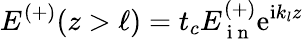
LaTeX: E^{(+)}(z>\ell)=t_{c}E_{\mathrm{~i~n~}}^{(+)}\mathrm{e}^{\mathrm{i}k_{l}z}